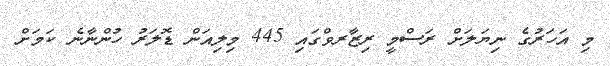
މި އަހަރުގެ ނިޔަލަށް ރަސްމީ ރިޒާރވްގައި 445 މިލިއަން ޑޮލަރު ހުންނާނެ ކަމަށް